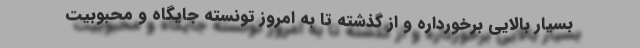
بسیار بالایی برخورداره و از گذشته تا به امروز تونسته جایگاه و محبوبیت